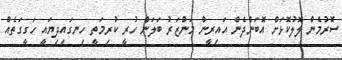
ސޮރުމެން ލޮލުކޮޅަށް އޮބަންދެން އައިރީން މަންޒަރު ބަލަން ހުރީ ކުރިމަތީ ހިނގައިދިޔައީ ހަގީގަތެއް